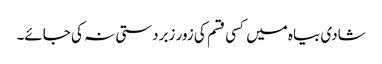
شادی بیاہ میں کسی قسم کی زور زبردستی نہ کی جائے۔